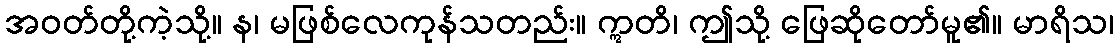
အဝတ်တို့ကဲ့သို့။ န၊ မဖြစ်လေကုန်သတည်း။ ဣတိ၊ ဤသို့ ဖြေဆိုတော်မူ၏။ မာရိသ၊